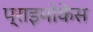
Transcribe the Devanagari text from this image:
प्राइमोकेंस